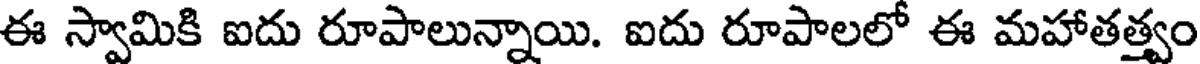
ఈ స్వామికి ఐదు రూపాలున్నాయి. ఐదు రూపాలలో ఈ మహాతత్త్వం